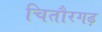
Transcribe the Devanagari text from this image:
चितौरगढ़